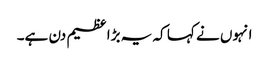
انہوں نے کہا کہ یہ بڑا عظیم دن ہے۔